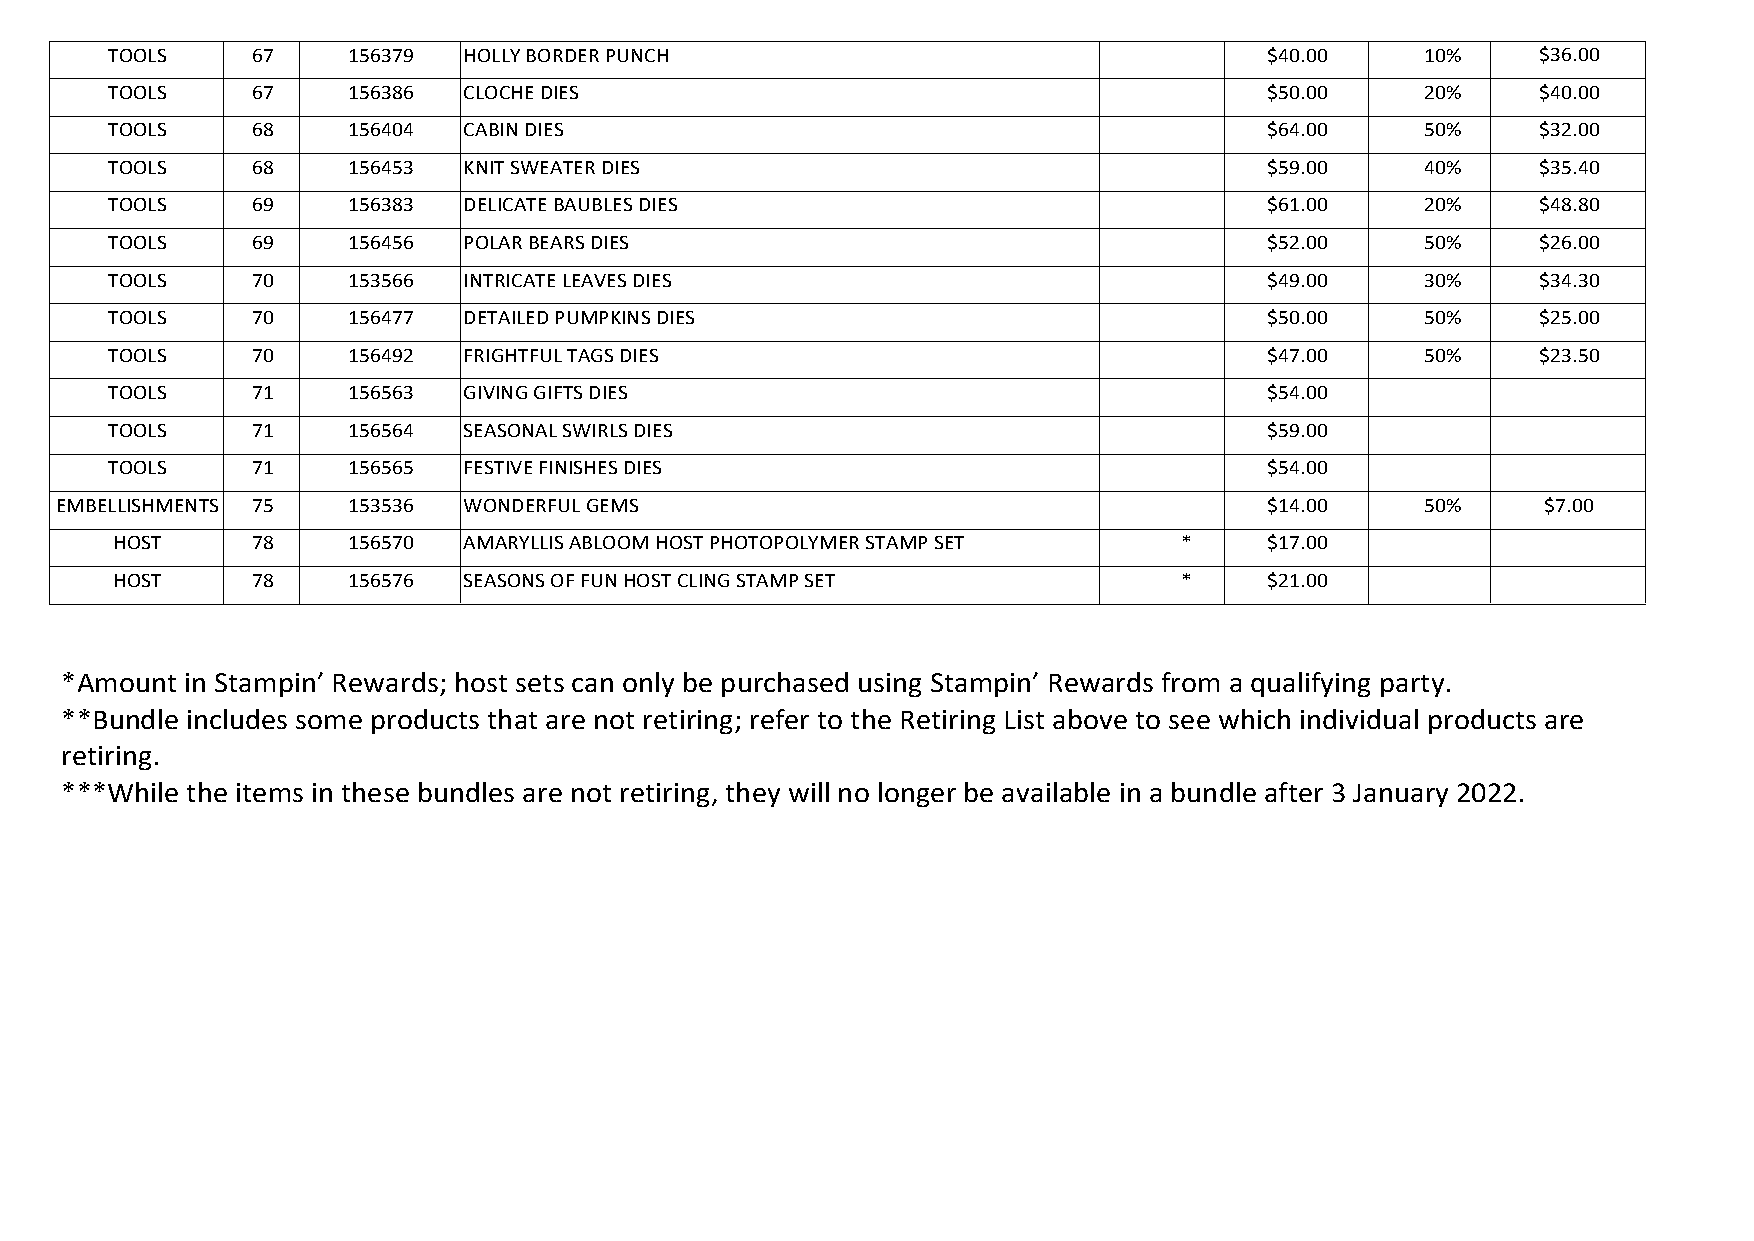
TOOLS     67    156379  HOLLYBORDERPUNCH                                     $40.00    10%     $36.00
 TOOLS     67    156386  CLOCHEDIES                                           $50.00    20%     $40.00
 TOOLS     68    156404  CABINDIES                                            $64.00    50%     $32.00
 TOOLS     68    156453  KNITSWEATERDIES                                      $59.00    40%     $35.40
 TOOLS     69    156383  DELICATEBAUBLESDIES                                  $61.00    20%     $48.80
 TOOLS     69    156456  POLARBEARSDIES                                       $52.00    50%     $26.00
 TOOLS     70    153566  INTRICATELEAVESDIES                                  $49.00    30%     $34.30
 TOOLS     70    156477  DETAILEDPUMPKINSDIES                                 $50.00    50%     $25.00
 TOOLS     70    156492  FRIGHTFULTAGSDIES                                    $47.00    50%     $23.50
 TOOLS     71    156563  GIVINGGIFTSDIES                                      $54.00
 TOOLS     71    156564  SEASONALSWIRLSDIES                                   $59.00
 TOOLS     71    156565  FESTIVEFINISHESDIES                                  $54.00
 EMBELLISHMENTS 75  153536  WONDERFULGEMS                                        $14.00    50%     $7.00
 HOST      78    156570  AMARYLLISABLOOMHOSTPHOTOPOLYMERSTAMPSET        *     $17.00
 HOST      78    156576  SEASONSOFFUNHOSTCLINGSTAMPSET                  *     $21.00
 *Amount in Stampin’ Rewards; host sets can only be purchased using Stampin’ Rewards from a qualifying party.
 **Bundle includes some products that are not retiring; refer to the Retiring List above to see which individual products are
 retiring.
 ***While the items in these bundles are not retiring, they will no longer be available in a bundle after 3 January 2022.